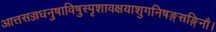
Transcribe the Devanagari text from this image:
आत्तसज्जधनुषाविषुस्पृशावक्षयाशुगनिषङ्गसङ्गिनौ।